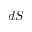
d S